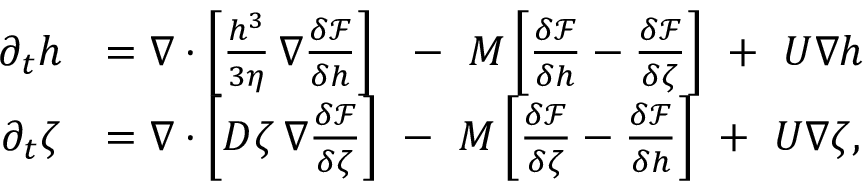
\begin{array} { r l } { \partial _ { t } h } & { = \nabla \cdot \left[ \frac { h ^ { 3 } } { 3 \eta } \, \nabla \frac { \delta \mathcal { F } } { \delta h } \right] \ \ - \ M \left[ \frac { \delta \mathcal { F } } { \delta h } - \frac { \delta \mathcal { F } } { \delta \zeta } \right] \ + \ U \nabla h } \\ { \partial _ { t } \zeta } & { = \nabla \cdot \left[ D \zeta \, \nabla \frac { \delta \mathcal { F } } { \delta \zeta } \right] \ - \ M \left[ \frac { \delta \mathcal { F } } { \delta \zeta } - \frac { \delta \mathcal { F } } { \delta h } \right] \ + \ U \nabla \zeta , } \end{array}